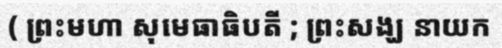
( ព្រះមហា សុមេធាធិបតី ; ព្រះសង្ឃ នាយក